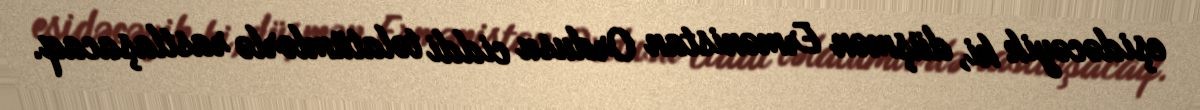
eşidəcəyik ki, düşmən Ermənistan Ordusu ciddi təlatümlərlə rastlaşacaq.